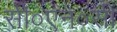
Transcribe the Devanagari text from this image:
सी०एन०सी